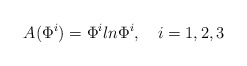
\begin{align*}A(\Phi^i) = \Phi^i ln \Phi^i , \quad i = 1,2,3\end{align*}